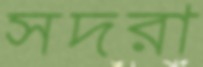
সদরা